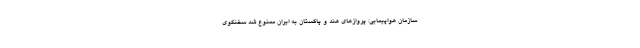
سازمان هواپیمایی: پروازهای هند و پاکستان به ایران ممنوع شد سخنگوی